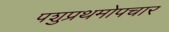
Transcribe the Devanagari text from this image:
पशुप्रथमोपचार